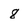
Character: 8